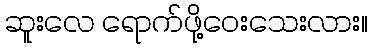
ဆူးလေ ရောက်ဖို့ဝေးသေးလား။